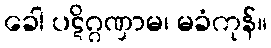
ခေါ ပဋိဂ္ဂဏှာမ၊ မခံကုန်။